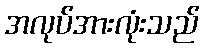
အလုပ်အားလုံးသည်